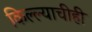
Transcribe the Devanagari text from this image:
किल्ल्याचीही